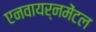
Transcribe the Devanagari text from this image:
एनवायर्नमेंटल